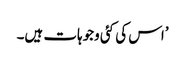
’اس کی کئی وجوہات ہیں۔